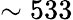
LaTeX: \sim 533